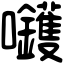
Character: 𡆇